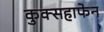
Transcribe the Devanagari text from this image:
कुक्सहाफेन